Indian journal of veterinary science and animal husbandry - Volume 12,
Year: 1942
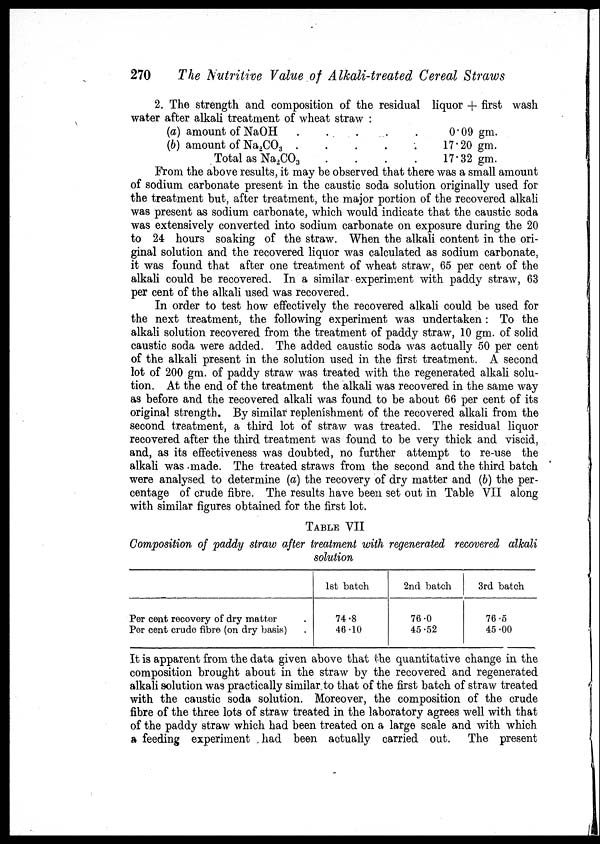
270
The Nutritive Value of Alkali-treated Cereal Straws
2. The strength and composition of the residual liquor + first wash
water after alkali treatment of wheat straw :
(a) amount of NaOH . . . . .
(b) amount of Na 2 CO 3 . . . . .
Total as Na 2 CO 3 . . . .
0.09 gm.
17.20 gm.
17.32 gm.
From the above results, it may be observed that there was a small amount
of sodium carbonate present in the caustic soda solution originally used for
the treatment but, after treatment, the major portion of the recovered alkali
was present as sodium carbonate, which would indicate that the caustic soda
was extensively converted into sodium carbonate on exposure during the 20
to 24 hours soaking of the straw. When the alkali content in the ori-
ginal solution and the recovered liquor was calculated as sodium carbonate,
it was found that after one treatment of wheat straw, 65 per cent of the
alkali could be recovered. In a similar experiment with paddy straw, 63
per cent of the alkali used was recovered.
In order to test how effectively the recovered alkali could be used for
the next treatment, the following experiment was undertaken : To the
alkali solution recovered from the treatment of paddy straw, 10 gm. of solid
caustic soda were added. The added caustic soda was actually 50 per cent
of the alkali present in the solution used in the first treatment. A second
lot of 200 gm. of paddy straw was treated with the regenerated alkali solu-
tion. At the end of the treatment the alkali was recovered in the same way
as before and the recovered alkali was found to be about 66 per cent of its
original strength. By similar replenishment of the recovered alkali from the
second treatment, a third lot of straw was treated. The residual liquor
recovered after the third treatment was found to be very thick and viscid,
and, as its effectiveness was doubted, no further attempt to re-use the
alkali was made. The treated straws from the second and the third batch
were analysed to determine (a) the recovery of dry matter and (b) the per-
centage of crude fibre. The results have been set out in Table VII along
with similar figures obtained for the first lot.
TABLE VII
Composition of paddy straw after treatment with regenerated recovered alkali
solution
Per cent recovery of dry matter .
Per cent crude fibre (on dry basis) .
1st batch
74.8
46.10
2nd batch
76.0
45.52
3rd batch
76.5
45.00
It is apparent from the data given above that the quantitative change in the
composition brought about in the straw by the recovered and regenerated
alkali solution was practically similar to that of the first batch of straw treated
with the caustic soda solution. Moreover, the composition of the crude
fibre of the three lots of straw treated in the laboratory agrees well with that
of the paddy straw which had been treated on a large scale and with which
a feeding experiment had been actually carried out. The present